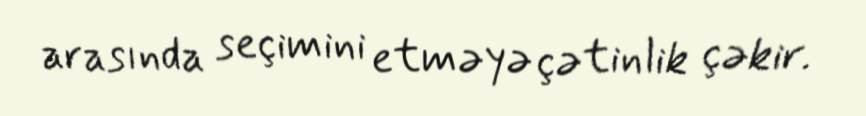
arasında seçimini etməyə çətinlik çəkir.